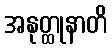
အနုတ္ထုနာတိ